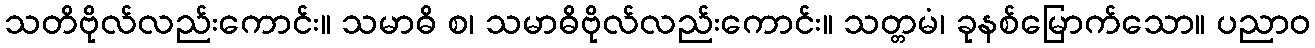
သတိဗိုလ်လည်းကောင်း။ သမာဓိ စ၊ သမာဓိဗိုလ်လည်းကောင်း။ သတ္တမံ၊ ခုနစ်မြောက်သော။ ပညာဝ